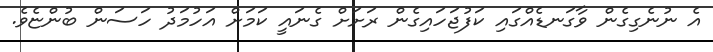
އެ ނުނެގިގެން ވާގަނޑެއްގައި ކަފުޖަހައިގެން ރަށަށް ގެނައީ ކަމަށް އަހުމަދު ހަސަން ބުންޏެވެ.